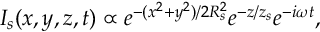
I _ { s } ( x , y , z , t ) \propto e ^ { - ( x ^ { 2 } + y ^ { 2 } ) / { 2 R _ { s } ^ { 2 } } } e ^ { - z / z _ { s } } e ^ { - i \omega t } ,